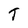
Character: T